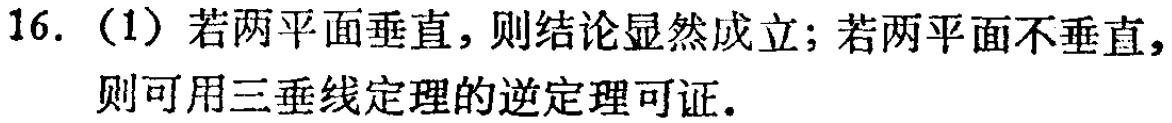
16. （1）若两平面垂直，则结论显然成立；若两平面不垂直，则可用三垂线定理的逆定理可证.